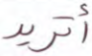
أتريد